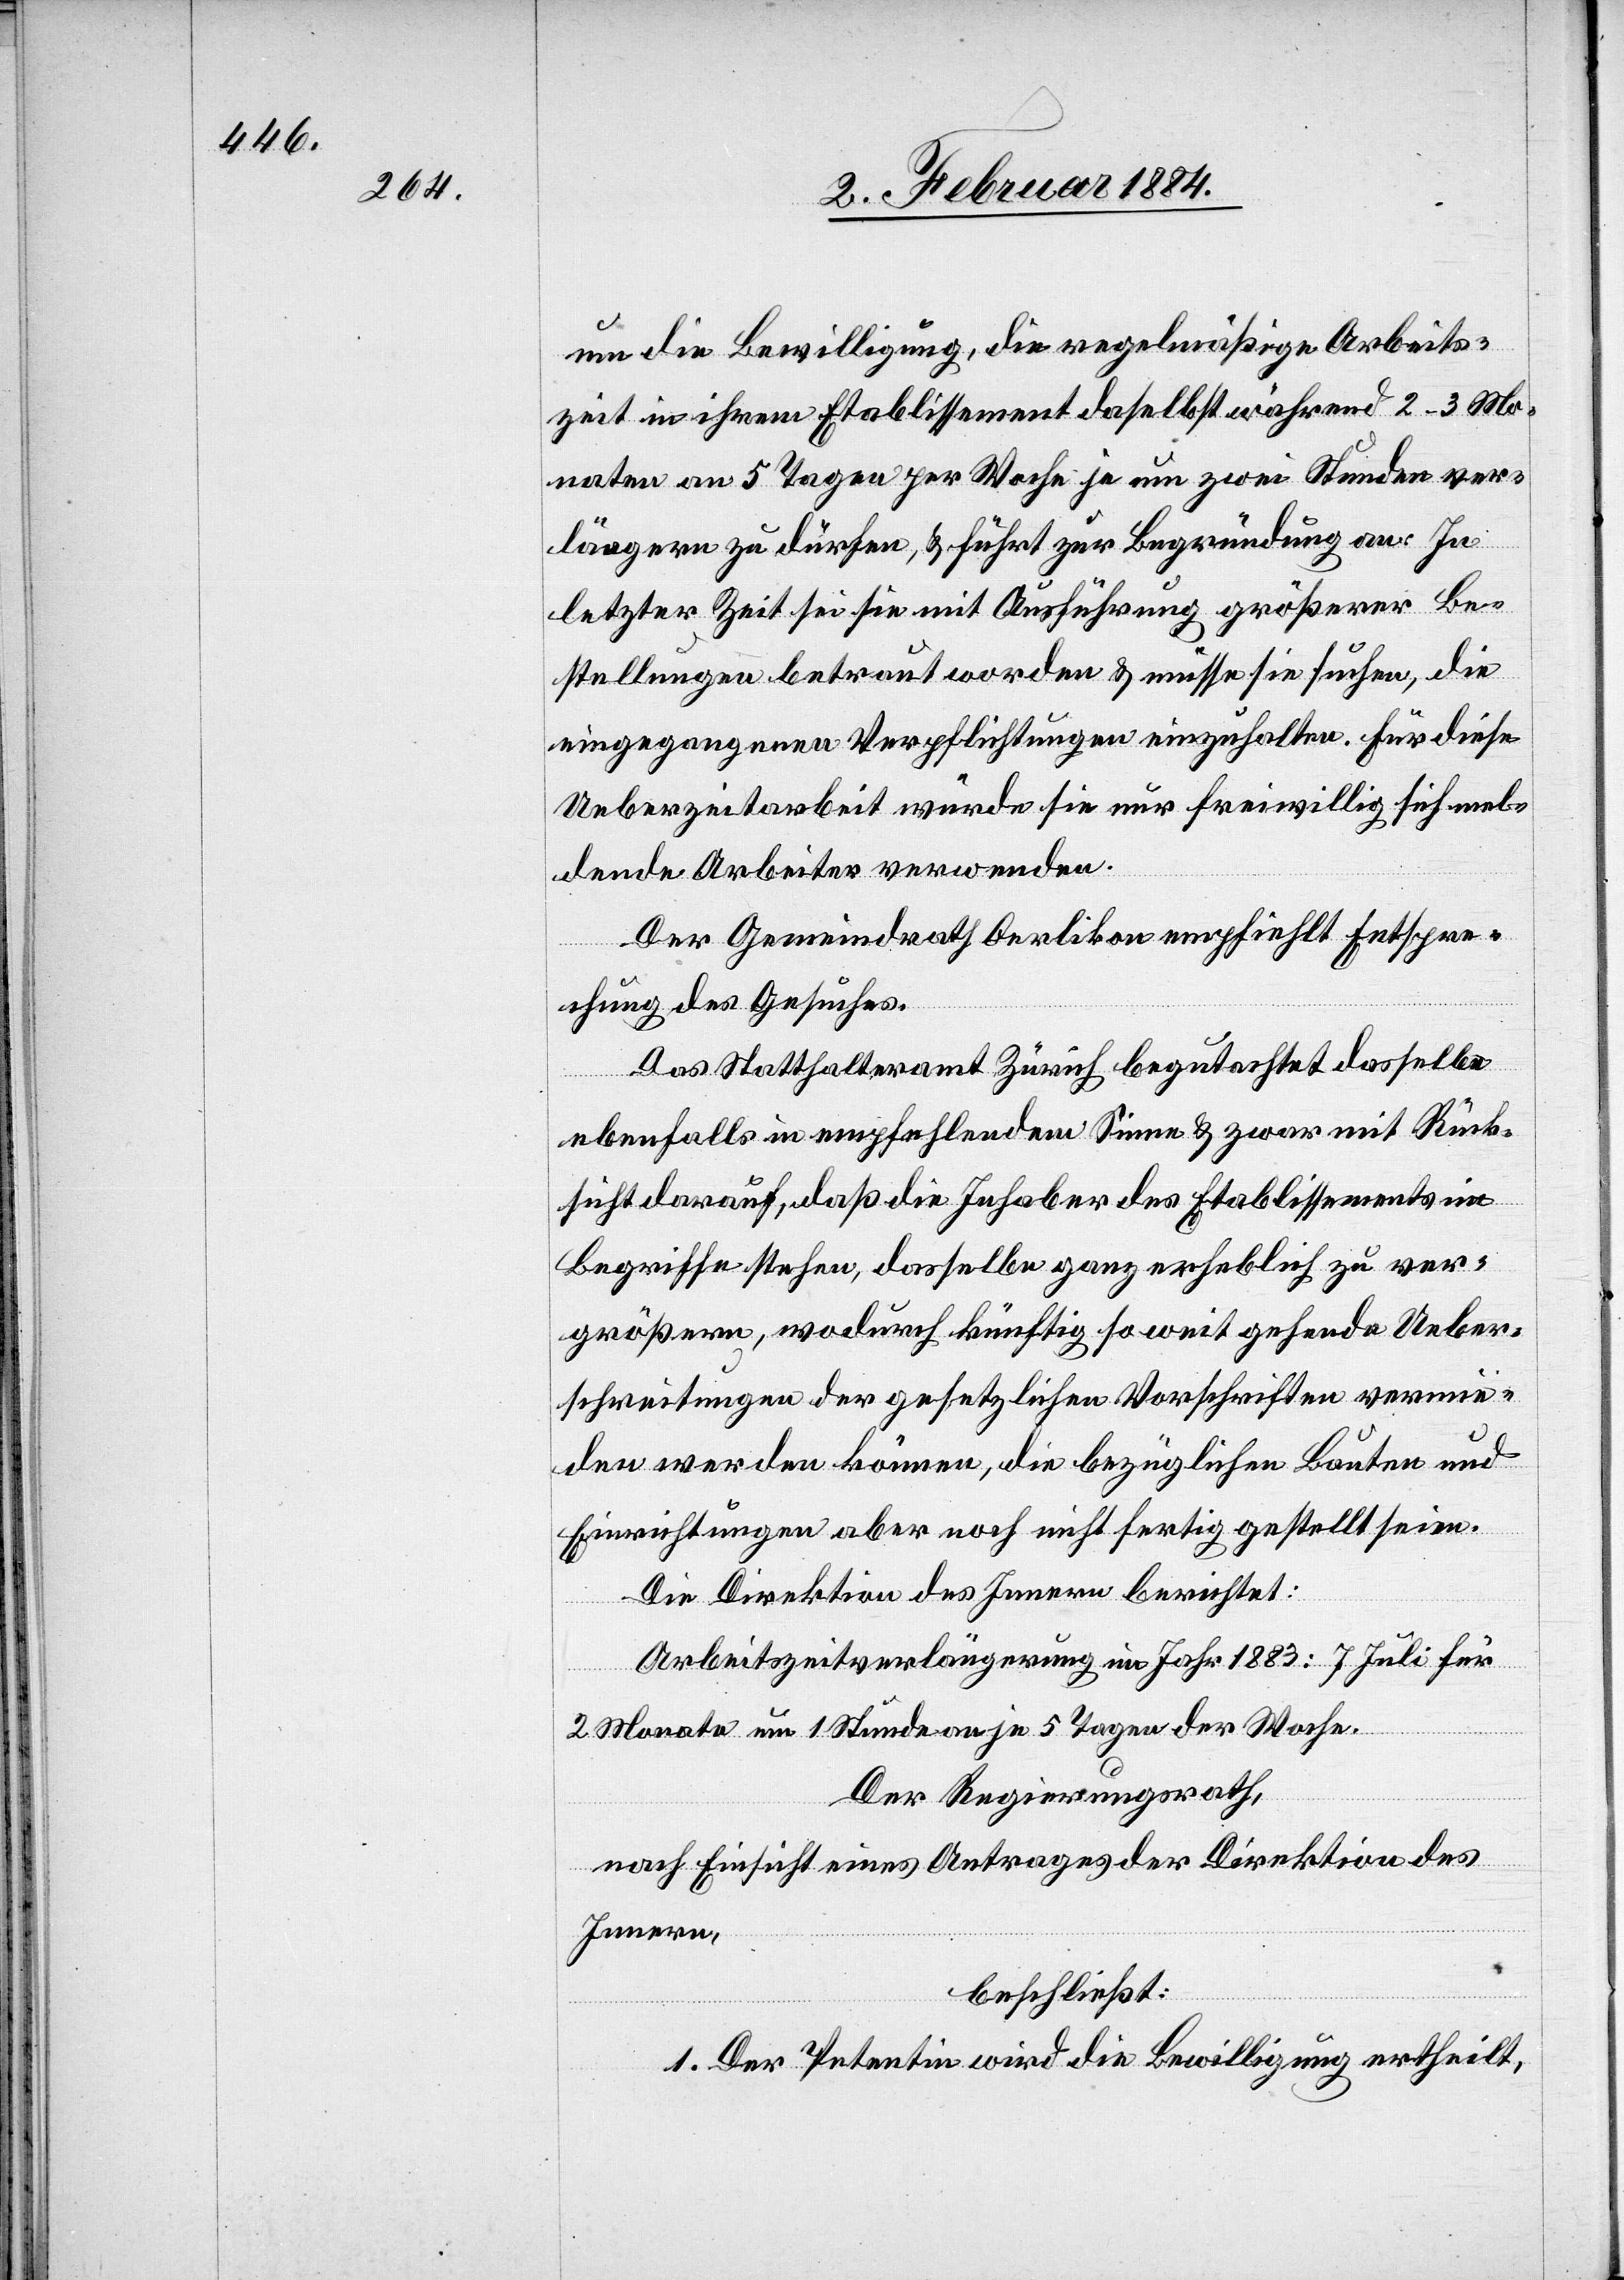
um die Bewilligung, die regelmäßige Arbeits¬
zeit in ihrem Etablissement daselbst während 2–3 Mo¬
naten an 5 Tagen per Woche je um zwei Stunden ver¬
längern zu dürfen, & führt zur Begründung an: In
letzter Zeit sei sie mit Ausführung größerer Be¬
stellungen betraut worden & müsse sie suchen, die
eingegangenen Verpflichtungen einzuhalten. Für diese
Ueberzeitarbeit würde sie nur freiwillig sich mel¬
dende Arbeiter verwenden.
Der Gemeindrath Oerlikon empfiehlt Entspre¬
chung des Gesuches.
Das Statthalteramt Zürich begutachtet dasselbe
ebenfalls im empfehlendem Sinne & zwar mit Rück¬
sicht darauf, daß die Inhaber des Etablissements im
Begriffe stehen, dasselbe ganz erheblich zu ver¬
größern, wodurch künftig so weit gehende Ueber¬
schreitungen der gesetzlichen Vorschriften vermie¬
den werden können, die bezüglichen Bauten und
Einrichtungen aber noch nicht fertig gestellt seien.
Die Direktion des Innern berichtet:
Arbeitszeitverlängerung im Jahr 1883: 7. Juli für
2 Monate um 1 Stunde an je 5 Tagen der Woche.
Der Regierungsrath,
nach Einsicht eines Antrages der Direktion des
Innern,
beschließt:
1. Der Petentin wird die Bewilligung ertheilt,